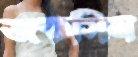
জকসিন